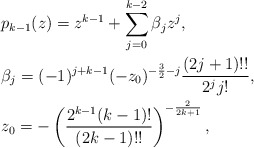
\begin{align*}&p_{k-1}(z)=z^{k-1} + \sum_{j=0}^{k-2}\beta_j z^j,\\&\beta_j=(-1)^{j+k-1}(-z_0)^{-\frac{3}{2}-j}\frac{(2j+1)!!}{2^j j!},\\&z_0=- \left(\frac{2^{k-1}(k-1)!}{(2k-1)!!}\right)^{-\frac{2}{2k+1}},\end{align*}